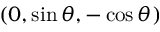
( 0 , \sin \theta , - \cos \theta )